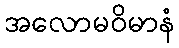
အလောမဝိမာနံ